Burma Government Medical School reports 1907-22
Year: 1907
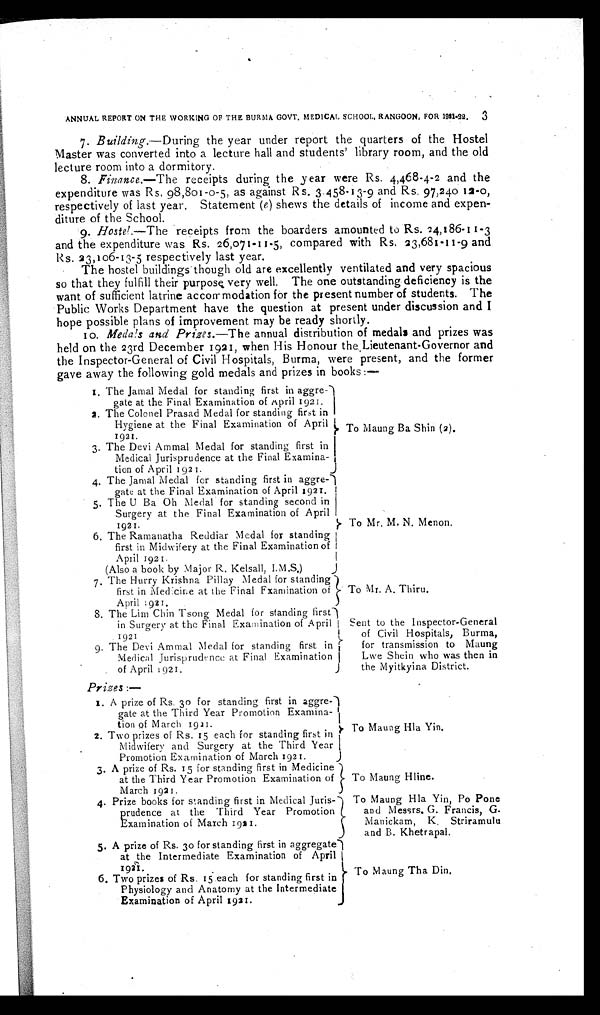
To Mr. A. Thiru.
Sent to the Inspector-General
of Civil Hospitals, Burma,
for transmission to Maung
Lwe Shein who was then in
the Myitkyina District.
To Maung Hline.
To Maung Hla Yin, Po Pone
and Messrs. G. Francis, G.
Manickam, K. Striramulu
and B. Khetrapal.
3
ANNUAL REPORT ON THE WORKING OF THE BURMA GOVT. MEDICAL SCHOOL, RANGOON, FOR 1921-22.
7.
Building.—During the year under report the quarters of the Hostel
Master was converted into a lecture hall and students' library room, and the old
lecture room into a dormitory.
8.
Finance.—The receipts during the year were Rs. 4,468-4-2 and the
expenditure was Rs. 98,801-0-5, as against Rs. 3,458-13-9 and Rs. 97,240 12-0,
respectively of last year. Statement ( e ) shews the details of income and expen
-diture of the School.
9.
Hostel.—The receipts from the boarders amounted to Rs. 24,186-11-3
and the expenditure was Rs. 26,071-11-5, compared with Rs. 23,681-11-9 and
Rs. 23,106-13-5 respectively last year.
The hostel buildings though old are excellently ventilated and very spacious
so that they fulfill their purpose very well. The one outstanding deficiency is the
want of sufficient latrine accommodation for the present number of students. The
Public Works Department have the question at present under discussion and I
hope possible plans of improvement may be ready shortly.
10.
Medals and Prizes. —The annual distribution of medals and prizes was
held on the 23rd December 1921, when His Honour the Lieutenant-Governor and
the Inspector-General of Civil Hospitals, Burma, were present, and the former
gave away the following gold medals and prizes in books:—
1. The Jamal Medal for standing first in aggre-
gate at the Final Examination of April 1921.
2. The Colonel Prasad Medal for standing first in
Hygiene at the Final Examination of April
1921.
3. The Devi Ammal Medal for standing first in
Medical Jurisprudence at the Final Examina
-tion of April 1921.
4. The Jamal Medal for standing first in aggre-
gate at the Final Examination of April 1921.
5. The U Ba Oh Medal for standing second in
Surgery at the Final Examination of April
1921.
6. The Ramanatha Reddiar Medal for standing
first in Midwifery at the Final Examination of
April 1921.
(Also a book by Major R. Kelsall
, I.M.S.)
7. The Hurry Krishna Pillay Medal for standing
first in Medicine at the Final Fxamination of
April 1921.
8. The Lim Chin Tsong Medal for
standing first
in Surgery at the Final Examination of April
1921
9. The Devi Ammal Medal for standing first in
Medical Jurisprudence at Final Examination
of April 1921.
Prizes :—
1 A prize of Rs. 30 for standing first in aggre-
gate at the Third Year Promotion Examina
-tion of March 1921.
2. Two prizes of Rs. 15 each for standing first in
Midwifery and Surgery at the Third Year
Promotion Examination of March 1921.
3. A prize of Rs. 15 for standing first in Medicine
at the Third Year Promotion Examination of
March 1921.
4. Prize books for standing first in Medical Juris-
prudence at the Third Year Promotion
Examination of March 1921.
5. A prize of Rs. 30 for standing first in aggregate
at the Intermediate Examination of April
1921.
6. Two prizes of Rs. 15 each for standing first in
Physiology and Anatomy at the Intermediate
Examination of April 1921.
To Maung Ba Shin (2).
To Mr. M. N. Menon.
To Maung Hla Yin.
To Maung Tha Din.